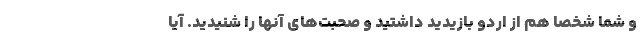
و شما شخصا هم از اردو بازیدید داشتید و صحبت‌های آنها را شنیدید. آیا